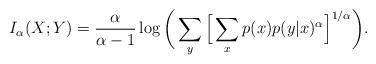
LaTeX: \begin{align*}I_{\alpha}(X;Y)=\frac{\alpha}{\alpha-1}\log \bigg(\sum_{y}\Big[\sum_{x}p(x)p(y|x)^\alpha\Big]^{1/\alpha}\bigg).\end{align*}